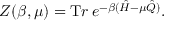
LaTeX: Z ( \beta , \mu ) = { \mathrm T r } \: e ^ { - \beta ( \hat { H } - \mu \hat { Q } ) } .